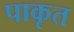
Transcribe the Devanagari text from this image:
पाकृत